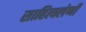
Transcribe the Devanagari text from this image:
साहित्यलेणी